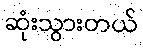
ဆုံးသွားတယ်